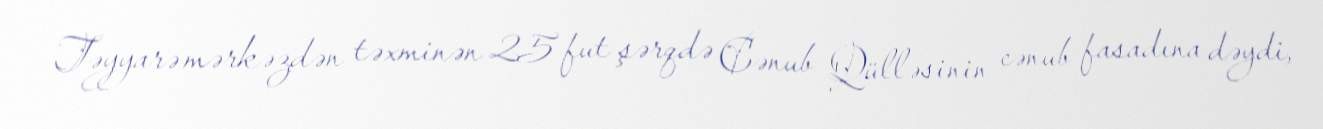
Təyyarə mərkəzdən təxminən 25 fut şərqdə Cənub Qülləsinin cənub fasadına dəydi,